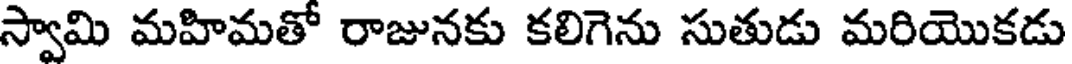
స్వామి మహిమతో రాజునకు కలిగెను సుతుడు మరియొకడు